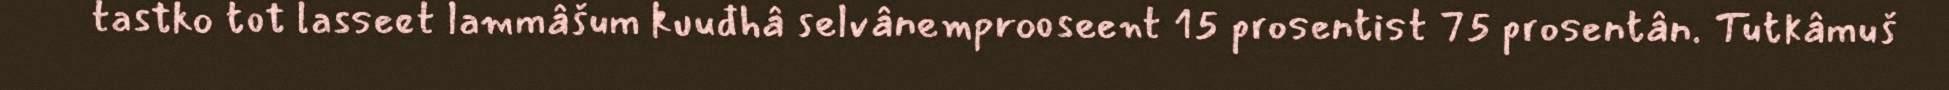
tastko tot lasseet lammâšum kuuđhâ selvânemprooseent 15 prosentist 75 prosentân. Tutkâmuš